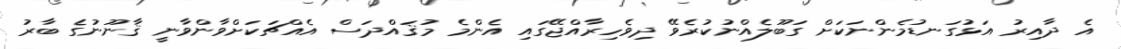
އެ ދާއިރު އަޅުގަނޑުމެންނަކަށް ގަބޫލެއްނުކުރެވޭ ދިވެހިރާއްޖޭގައި އެންމެ މުޤައްދަސް އެއްޗަކަށްވާންވާނީ ޤާނޫނުގެ ބާރު